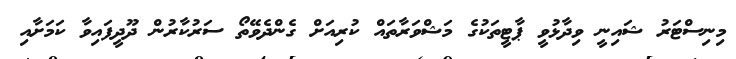
މިނިސްޓަރު ޝައިނީ ވިދާޅުވީ ޕާޓީތަކުގެ މަޝްވަރާތައް ކުރިއަށް ގެންދެވޭތޯ ސަރުކާރުން ދޫދީފައިވާ ކަމަށާއި